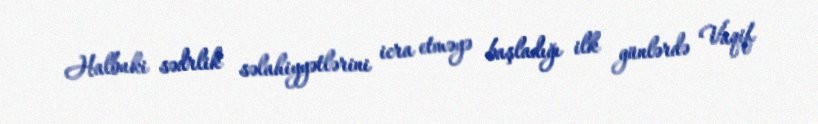
Halbuki sədrlik səlahiyyətlərini icra etməyə başladığı ilk günlərdə Vaqif